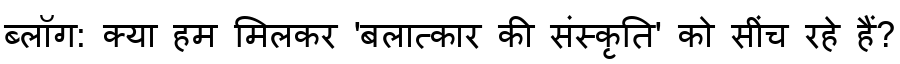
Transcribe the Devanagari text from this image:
ब्लॉग: क्या हम मिलकर 'बलात्कार की संस्कृति' को सींच रहे हैं?